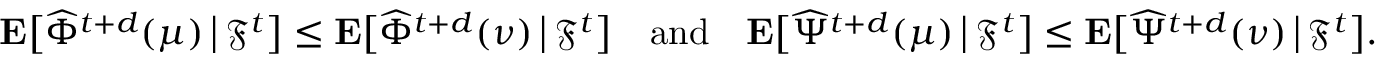
\mathbf { E } \big [ \widehat { \Phi } ^ { t + d } ( \mu ) \, \big | \, \mathfrak { F } ^ { t } \big ] \leq \mathbf { E } \big [ \widehat { \Phi } ^ { t + d } ( \nu ) \, \big | \, \mathfrak { F } ^ { t } \big ] \quad \mathrm { a n d } \quad \mathbf { E } \big [ \widehat { \Psi } ^ { t + d } ( \mu ) \, \big | \, \mathfrak { F } ^ { t } \big ] \leq \mathbf { E } \big [ \widehat { \Psi } ^ { t + d } ( \nu ) \, \big | \, \mathfrak { F } ^ { t } \big ] .